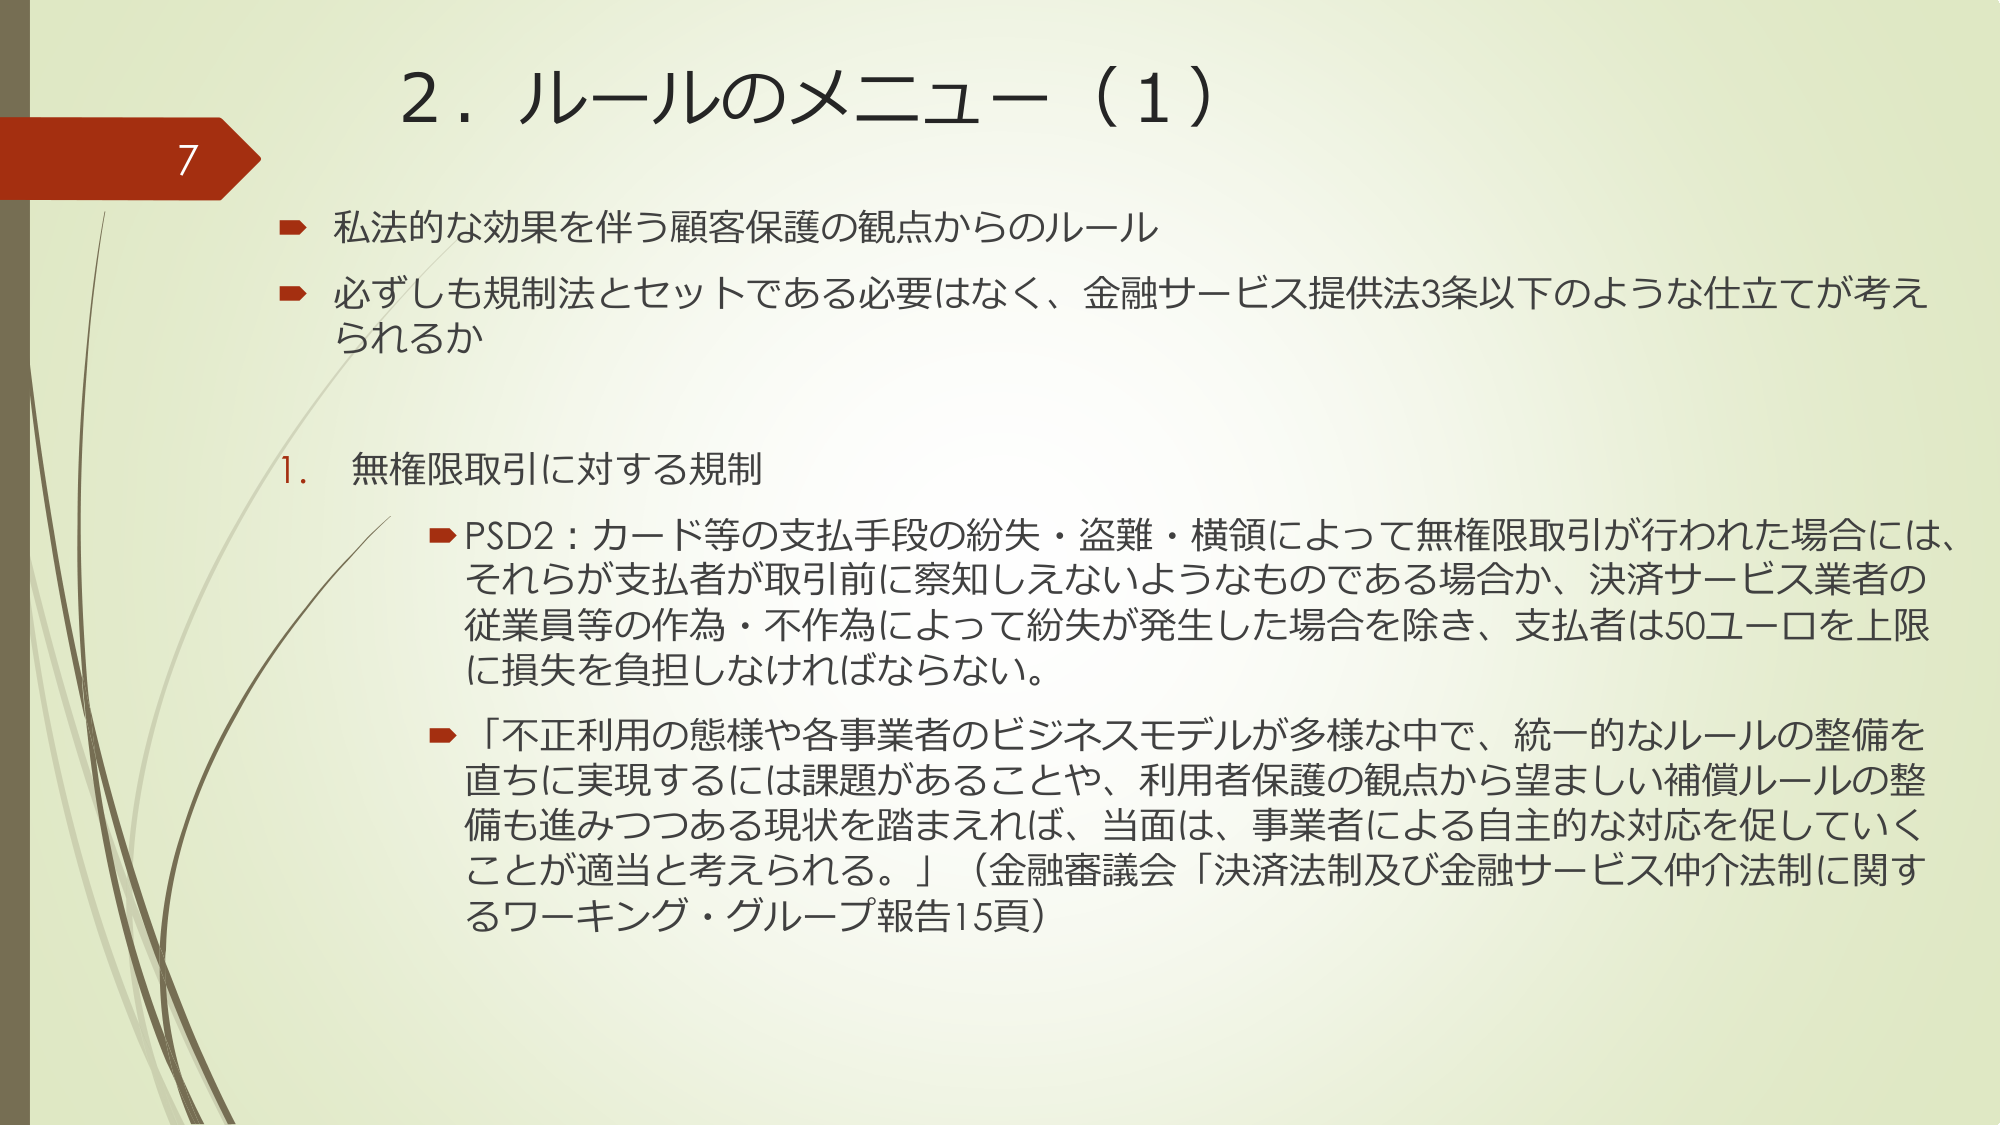
2．ルールのメニュー（1）

7

▶ 私法的な効果を伴う顧客保護の観点からのルール
▶ 必ずしも規制法とセットである必要はなく、金融サービス提供法3条以下のような仕立てが考えられるか

1．無権限取引に対する規制

▶ PSD2：カード等の支払手段の紛失・盗難・横領によって無権限取引が行われた場合には、それらが支払者が取引前に察知しえないようなものである場合か、決済サービス業者の従業員等の作為・不作為によって紛失が発生した場合を除き、支払者は50ユーロを上限に損失を負担しなければならない。

▶ 「不正利用の態様や各事業者のビジネスモデルが多様な中で、統一的なルールの整備を直ちに実現するには課題があることや、利用者保護の観点から望ましい補償ルールの整備も進みつつある現状を踏まえれば、当面は、事業者による自主的な対応を促していくことが適当と考えられる。」（金融審議会「決済法制及び金融サービス仲介法制に関するワーキング・グループ報告15頁）